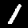
Digit: 1